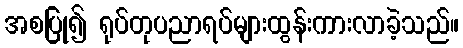
အစပြု၍ ရုပ်တုပညာရပ်များထွန်းကားလာခဲ့သည်။